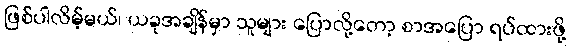
ဖြစ်ပါလိမ့်မယ်၊ ယခုအချိန်မှာ သူများ ပြောလို့တော့ စာအပြော ရပ်ထားဖို့